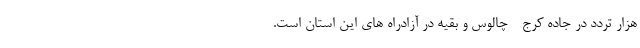
هزار تردد در جاده کرج - چالوس و بقیه در آزادراه های این استان است.